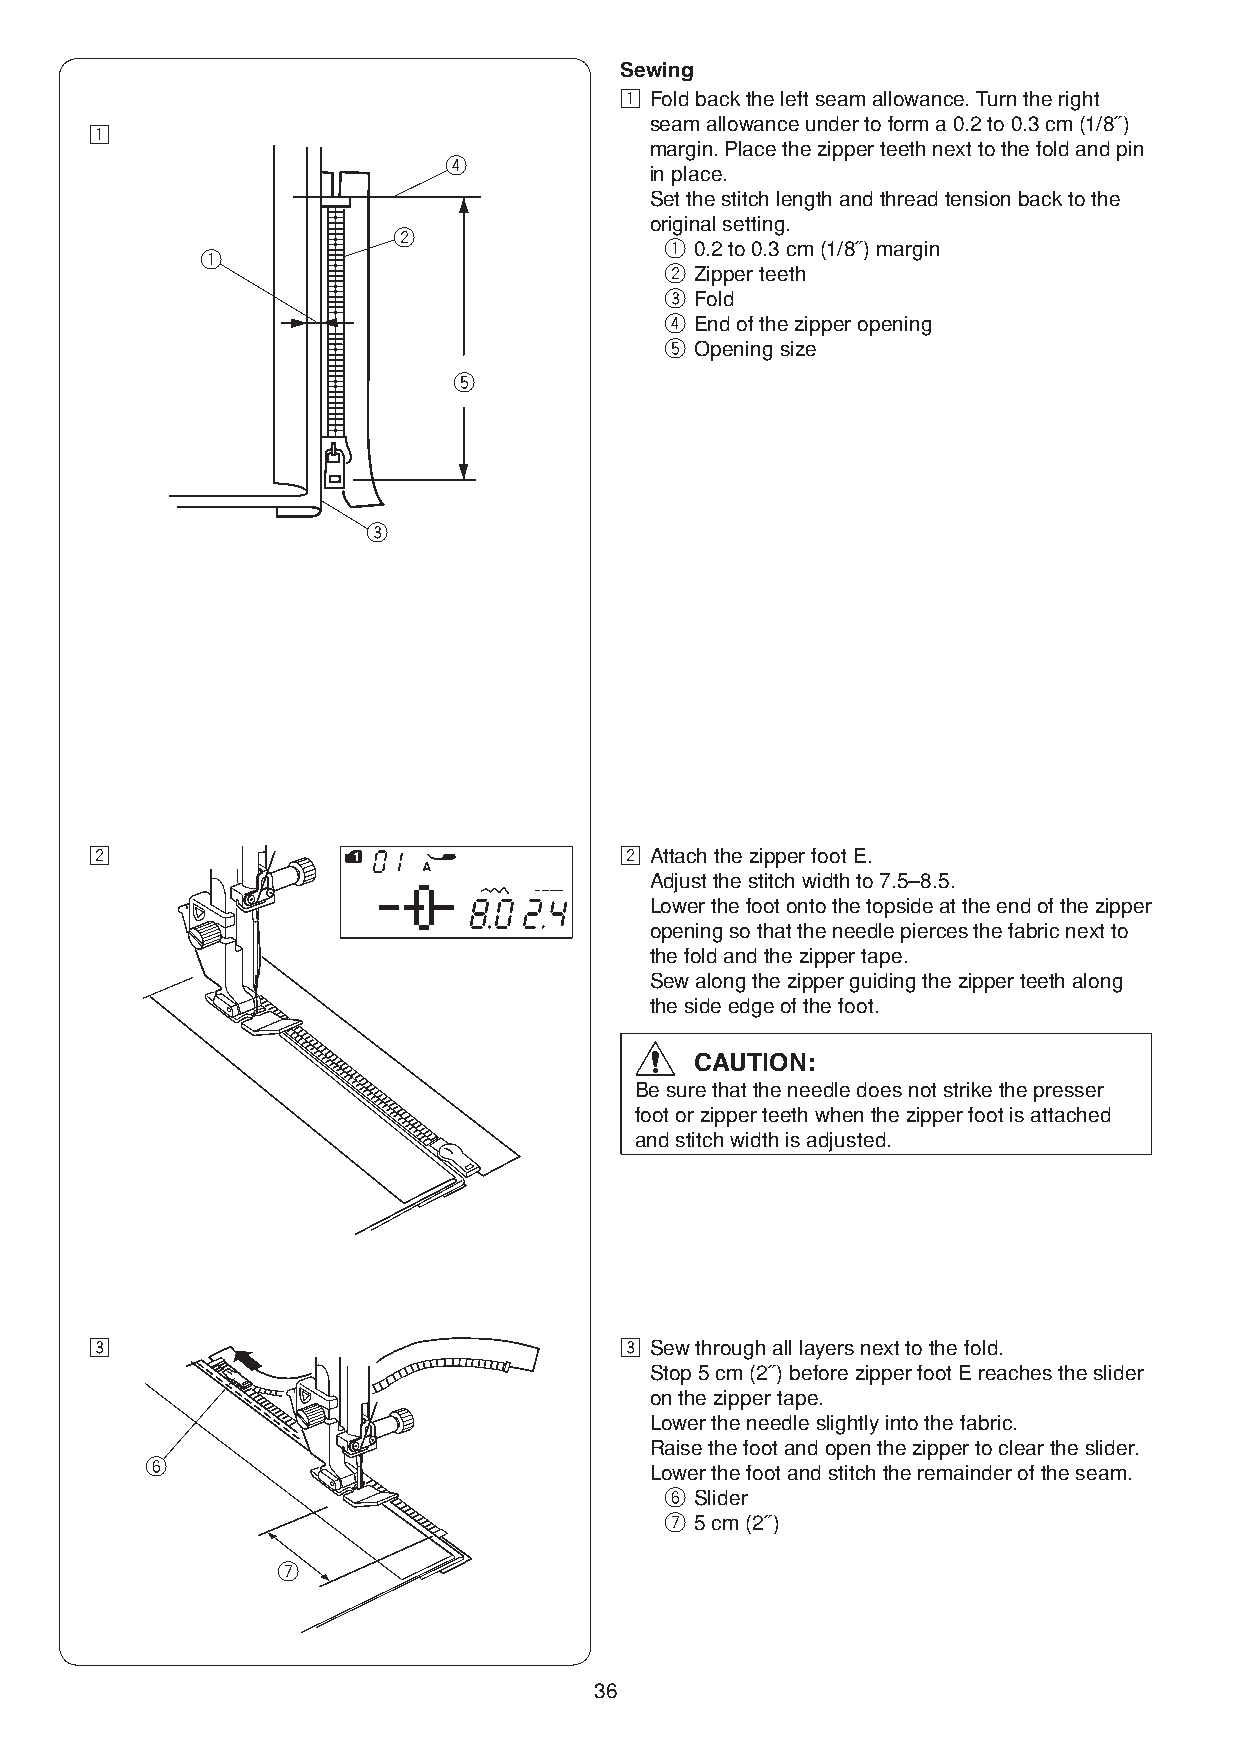
Sewing
 z Fold back the left seam allowance. Turn the right
 seam allowance under to form a 0.2 to 0.3 cm (1/8˝)
 z
 margin. Place the zipper teeth next to the fold and pin
 r
 in place.
 Set the stitch length and thread tension back to the
 original setting.
 w
 q 0.2 to 0.3 cm (1/8˝) margin
 q
 w Zipper teeth
 e Fold
 r End of the zipper opening
 t Opening size
 t
 e
 x                                  x Attach the zipper foot E.
 Adjust the stitch width to 7.5–8.5.
 Lower the foot onto the topside at the end of the zipper
 opening so that the needle pierces the fabric next to
 the fold and the zipper tape.
 Sew along the zipper guiding the zipper teeth along
 the side edge of the foot.
 CAUTION:
 Be sure that the needle does not strike the presser
 foot or zipper teeth when the zipper foot is attached
 and stitch width is adjusted.
 c                                  c Sew through all layers next to the fold.
 Stop 5 cm (2˝) before zipper foot E reaches the slider
 on the zipper tape.
 Lower the needle slightly into the fabric.
 Raise the foot and open the zipper to clear the slider.
 y
 Lower the foot and stitch the remainder of the seam.
 y Slider
 u 5 cm (2˝)
 u
 36